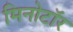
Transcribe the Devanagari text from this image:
मिनोटॉर